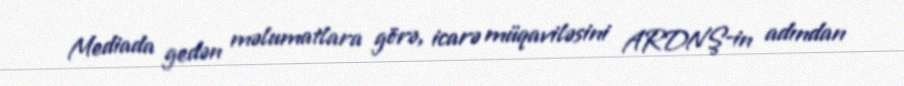
Mediada gedən məlumatlara görə, icarə müqaviləsini ARDNŞ-in adından